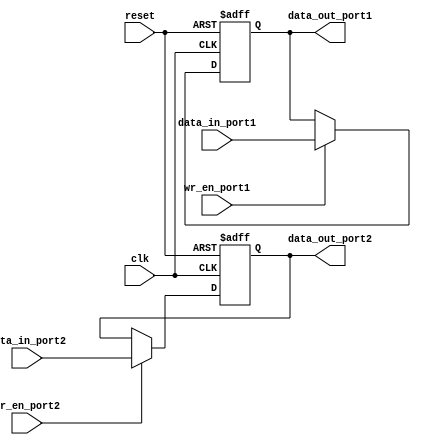
module dual_port_register(
    input wire clk,
    input wire reset,
    
    // Port 1
    input wire wr_en_port1,
    input wire [7:0] data_in_port1,
    output reg [7:0] data_out_port1,
    
    // Port 2
    input wire wr_en_port2,
    input wire [7:0] data_in_port2,
    output reg [7:0] data_out_port2
);

reg [7:0] reg_port1;
reg [7:0] reg_port2;

always @(posedge clk or posedge reset) begin
    if (reset) begin
        reg_port1 <= 8'h0;
        reg_port2 <= 8'h0;
    end else begin
        if (wr_en_port1) begin
            reg_port1 <= data_in_port1;
        end
        
        if (wr_en_port2) begin
            reg_port2 <= data_in_port2;
        end
    end
end

assign data_out_port1 = reg_port1;
assign data_out_port2 = reg_port2;

endmodule